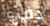
دفء